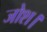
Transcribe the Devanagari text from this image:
जोश।